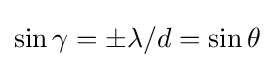
\sin {\gamma }=\pm \lambda /d=\sin {\theta }